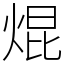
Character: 焜